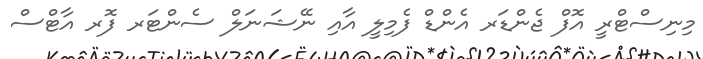
މިނިސްޓްރީ އޮފް ޖެންޑަރ އެންޑް ފެމިލީ އާއި ނޭޝަނަލް ސެންޓަރ ފޮރ އާޓްސް